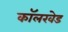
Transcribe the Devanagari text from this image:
कॉलखेड